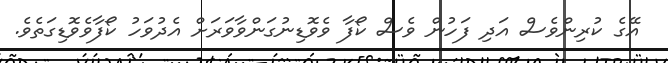
އޭގެ ކުރިންވެސް އަދި ފަހުން ވެސް ކޯފާ ވެވޮޑިނުގަންވާވަރަށް އެދުވަހު ކޯފާވެވޮޑިގަތެވެ.